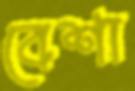
বেশা